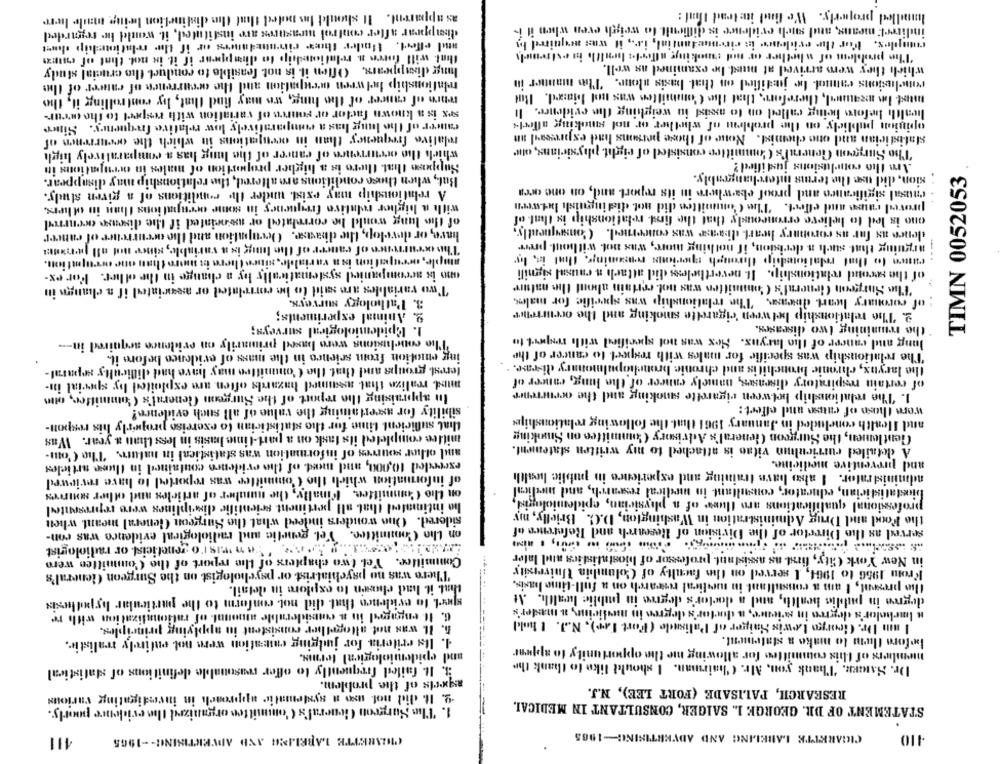
handled properly. We find it lead Iht :
as apparent. It should Ias noted that the distinction being made here
disappear after control measures ave instituted, it would be regarded
indirect means, and such evidence is difficult to weigh even when it is
maple's. For the evidence is ciremedantial, i.e ., it was noquired to
and effect. Under this einundanes or if the relationship chat
"The problem of whether or not sonoking afferte laatth in extremely
flint will foren a relationedip to disappear if it is not. that of cuma
Ing disappears. Often it is not feasible to conduct the crucial study
which they were arrived at must be examined as well.
relationship between occupation and the occurrence of cancer of the
conclusions eattual I jodilied on that basis alone. "This manner in
moust Ion meand, therefore, that the Committee was not biased. But
tears of cancer of the hing, wo may find that, hy controlling it, the
health before being called on to meist iu weighing the evidence. It
sex is a known factor of source of variation with respect to the oreur-
opinion publicly on the problem of whether or not sonoking alfeel4
cancer of the lung has a comparatively low relative frequency. Since
relative frequency than in occupations in which the occurrenen of
statistician and one chemist. Nowe of those persons had expressaul an
which the occurrence of cancer of the lung has a comparatively high
The Surgeon General's Committee consisted of eight. physicians, one
Are tho conclusions justified ?
Suppose that there is a higher proportion of nales in occupations in
sion, did use the terms interchangeably.
TIMN 0052053
But, when those conditions are altered, the relationship may disappear.
A relationship may exist. under the conditions of a given study.
causal sigificaneo and proof ebawhere in its report and, on one area
with a higher relative frequency in some occupations than in ol lers,
proved rates and effect. The Committee did not distinguish between
ono is led to believe erroneously that the first relationship is that of
of the lung wouldl he correlated or associated if the disease occurred
denee as far as coronary heart diaase was concerned. Consequently,
have, or develop, the diaase. Occupation and the occurrence of cancer
arguing that such a devision, if nothing more, was not without prere
The occurrence of cancer of the lung is a variable, since not all percent
ample, occupation isa variable, since there is more than one occupation.
canen to that relationdip through gperious romaming, that in, by
of the second relationship. It. nevertheless did attach n causal signili
ano is accompanied systematically by a change in the other. For ex-
The Surgeon General's Committen was not certain about the nature
Two variables are said to be correlated or asowinted if a change in
3. Pathology surveys,
of coronary heart disease "The relationship was specific for maler,
9. Animal experiments;
2. The relationship between cigarette smoking and the occurrence
1. Epidemiological surveys;
the remaining two diseases.
Jung and cancer of the larynx. Hex was not specified with request to
The conclusions were based primarily on evidence acquired in ---
The relationship was specific for males with respect to cancer of the
ing emotion from srienco in the mass of evidence before it.
the larynx, chronic bronchitis and chronic bronchopulmonary disease.
terest. groups and that the Committee may have had difficulty separat-
mus realize that assumed hazards often are exploited by special in-
of certain respiratory diseases, namely cancer of the lung, cancer of
1. The relationship between cigarette smoking and the occurrence
In appraising the report of the Surgeon General's Committee, oun
were those of cause and effect:
sibility for ascertaining the value of all such evidence!
and Health concluded in January 1961 that the following relationshipe
that sufficient time for tho statistician to exercise properly his respon-
mittee completed its task on a part-time basis in less than a year. Was
Gentlemen, the Surgeon General's Advisory Committee on Smoking
and other sources of information was statistical in nature. The C'om-
A detailed curriculum vitae is attached to my written statement.
and preventive medicine.
exceeded 10,000, and most of the evidence contained in these articles
administrator. I also have training and experience in public health
of information which the Committee was reported to have reviewed
biostatistician, educator, consultant in medical research, and medical
on the Committee. Finally, the number of articles and other sources
ha intimated that all pertinent scientific disciplines were represented
professional qualifications aro thee of a physician, epidemiologid.
the Food and Drug Administration in Washington, D.C. Briefly, my
sidered. One wonders indeed what the Surgeon General meant when
served as the Director of the Division of Research and Reference of
on the Committee. Tel. genetic and radiological evidence was con-
-------
ANSDISCOTECA y banesto genetics or radiologist
Committee. Yel two chapters of the report of the Committee were
in New York City, first as assistant professor of biostatistics and later
"There was no psychiatrist or psychologist on the Surgeon General's
Fromn 1956 to 1964, I served on the faculty of Columbia University
the present, I am a consultant in medical research on a full-time Isis,
that it had elow'n to explore in detail.
degree in padldie health, and a doctor's degree in public health. At
spel lo evidence that did not conform to the particular hypothesis
n Imchelor's degree in science, a doctor's degree in medicine, a master's
6. It engaged in a considerable amount of rationalization with re
I am Dr. Georgo Lewis Haiger of Palisade (Fort Far), N.J. I hold
5. IL was not altogether consistent in applying principles.
4. Ils criteria for judging cuseation were not entirely realistic.
before them to make a statement.
members of this committee for allowing me the opportunity to appear
and epidemiological terms.
Dr. SatRR. Thank you, Mr. Chairman. I should like to thank the
Et. It. failed frequently to offer reasonalde definitions of statistical
aspects of the problem.
RESEARCH, PALISADE (FORT LEE), N.J.
2. It did not uso a systematic approach in investigating various
STATEMENT OF DR. GEORGE 1 .. SAIGER, CONSULTANT IN MEDICAL.
1. The Surgeon General's Committee organized the evidence poorly.
CIGARETTE LABELING AND ADVERTISING-1965
411
GIOIARETTE LABELING AND ADVERTISING -- 1965
410